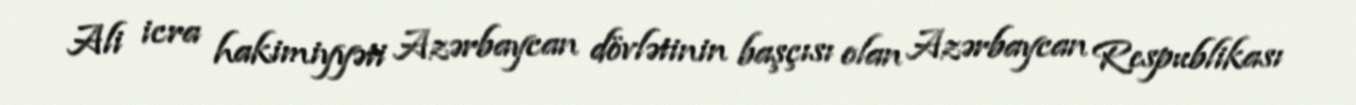
Ali icra hakimiyyəti Azərbaycan dövlətinin başçısı olan Azərbaycan Respublikası